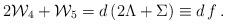
LaTeX: \begin{align*}2 {\cal W}_4 +{\cal W}_5 = d \left(2\Lambda+ \Sigma\right) \equiv d \,f\,.\end{align*}